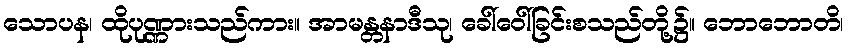
သောပန၊ ထိုပုဏ္ဏားသည်ကား။ အာမန္တနာဒီသု၊ ခေါ်ဝေါ်ခြင်းစသည်တို့၌။ ဘောဘောတိ၊